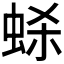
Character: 𫊷